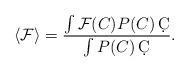
LaTeX: \begin{align*}\langle\mathcal{F}\rangle=\frac{\int\mathcal{F}(C)P(C)\,\d C}{\int P(C)\,\d C}.\end{align*}